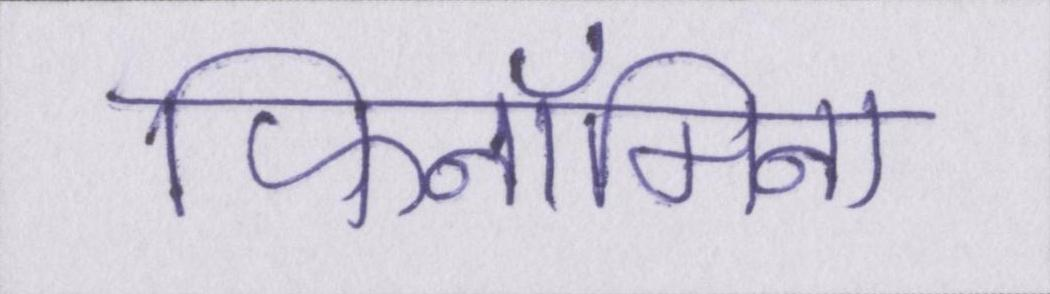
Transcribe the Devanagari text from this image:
फिनॉमिना